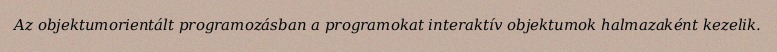
Az objektumorientált programozásban a programokat interaktív objektumok halmazaként kezelik.